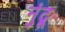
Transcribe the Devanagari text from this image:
नुंदू